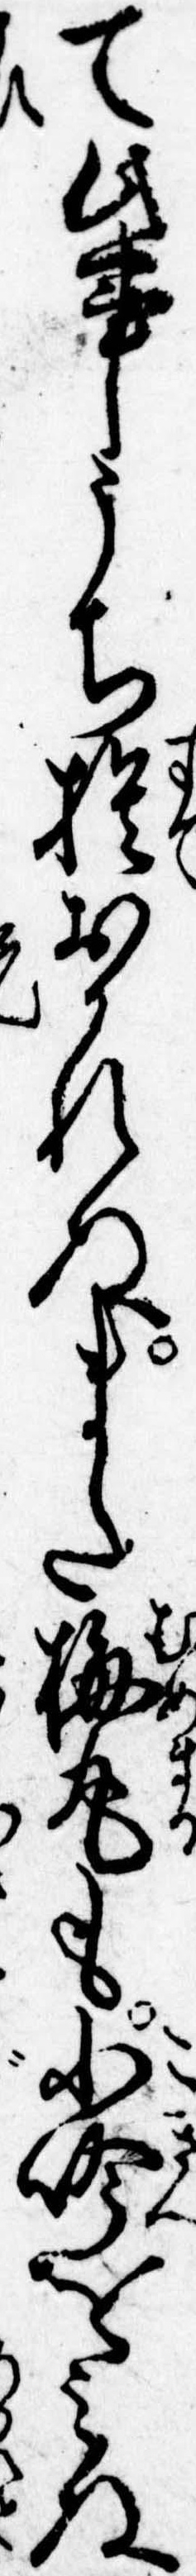
て此事うち捨おかれぬまた梅丸も小吟をみぬ